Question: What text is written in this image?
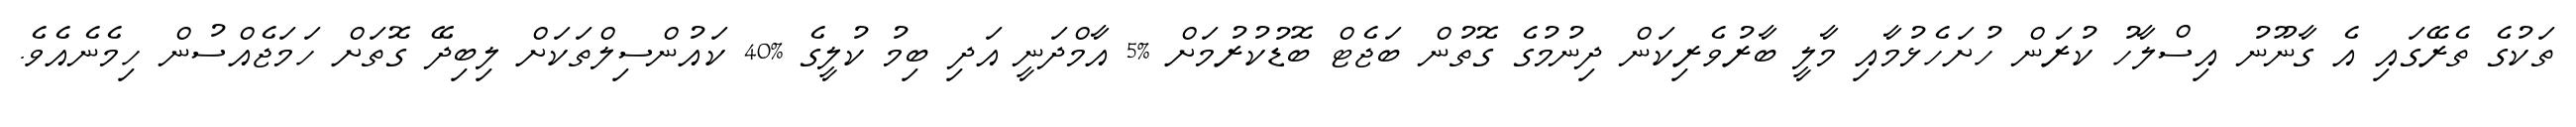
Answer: ތަކުގެ ތެރޭގައި އެ ގާނޫނު އިސްލާހު ކުރަން ހުށަހެޅުމާއި މާލީ ބާރުވެރިކަން ދިނުމުގެ ގޮތުން ބަޖެޓް ބޮޑުކުރުމަށް %5 އާމްދަނީ އަދި ބިމު ކުލީގެ %40 ކައުންސިލްތަކަށް ލިބިދޭ ގޮތަށް ހަމަޖެއްސުން ހިމެނެއެވެ.